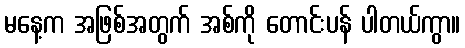
မနေ့က အဖြစ်အတွက် အစ်ကို တောင်းပန် ပါတယ်ကွာ။